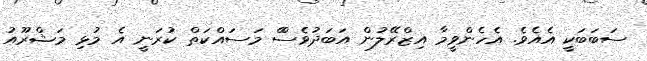
ސަބަބަކީ އެއެވެ. އެހެންވީމާ އިޒްރޭލުން އަބަދުވެސްް މަސައްކަތް ކުރަނީ އެ މުޅި މަޝްރޫއު